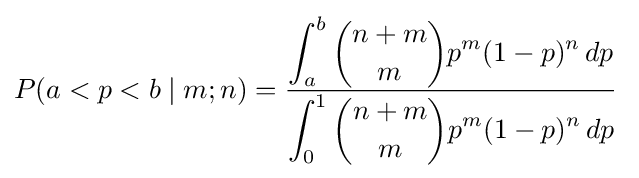
P(a<p<b\mid m;n)={\dfrac {\displaystyle \int _{a}^{b}{n+m \choose m}p^{m}(1-p)^{n}\,dp}{\displaystyle \int _{0}^{1}{n+m \choose m}p^{m}(1-p)^{n}\,dp}}\;